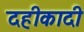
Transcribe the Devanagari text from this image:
दहीकादी